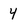
Character: 4